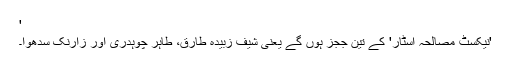
'
'نیکسٹ مصالحہ اسٹار' کے تین ججز ہوں گے یعنی شیف زبیدہ طارق، طاہر چوہدری اور زارنک سدھوا۔